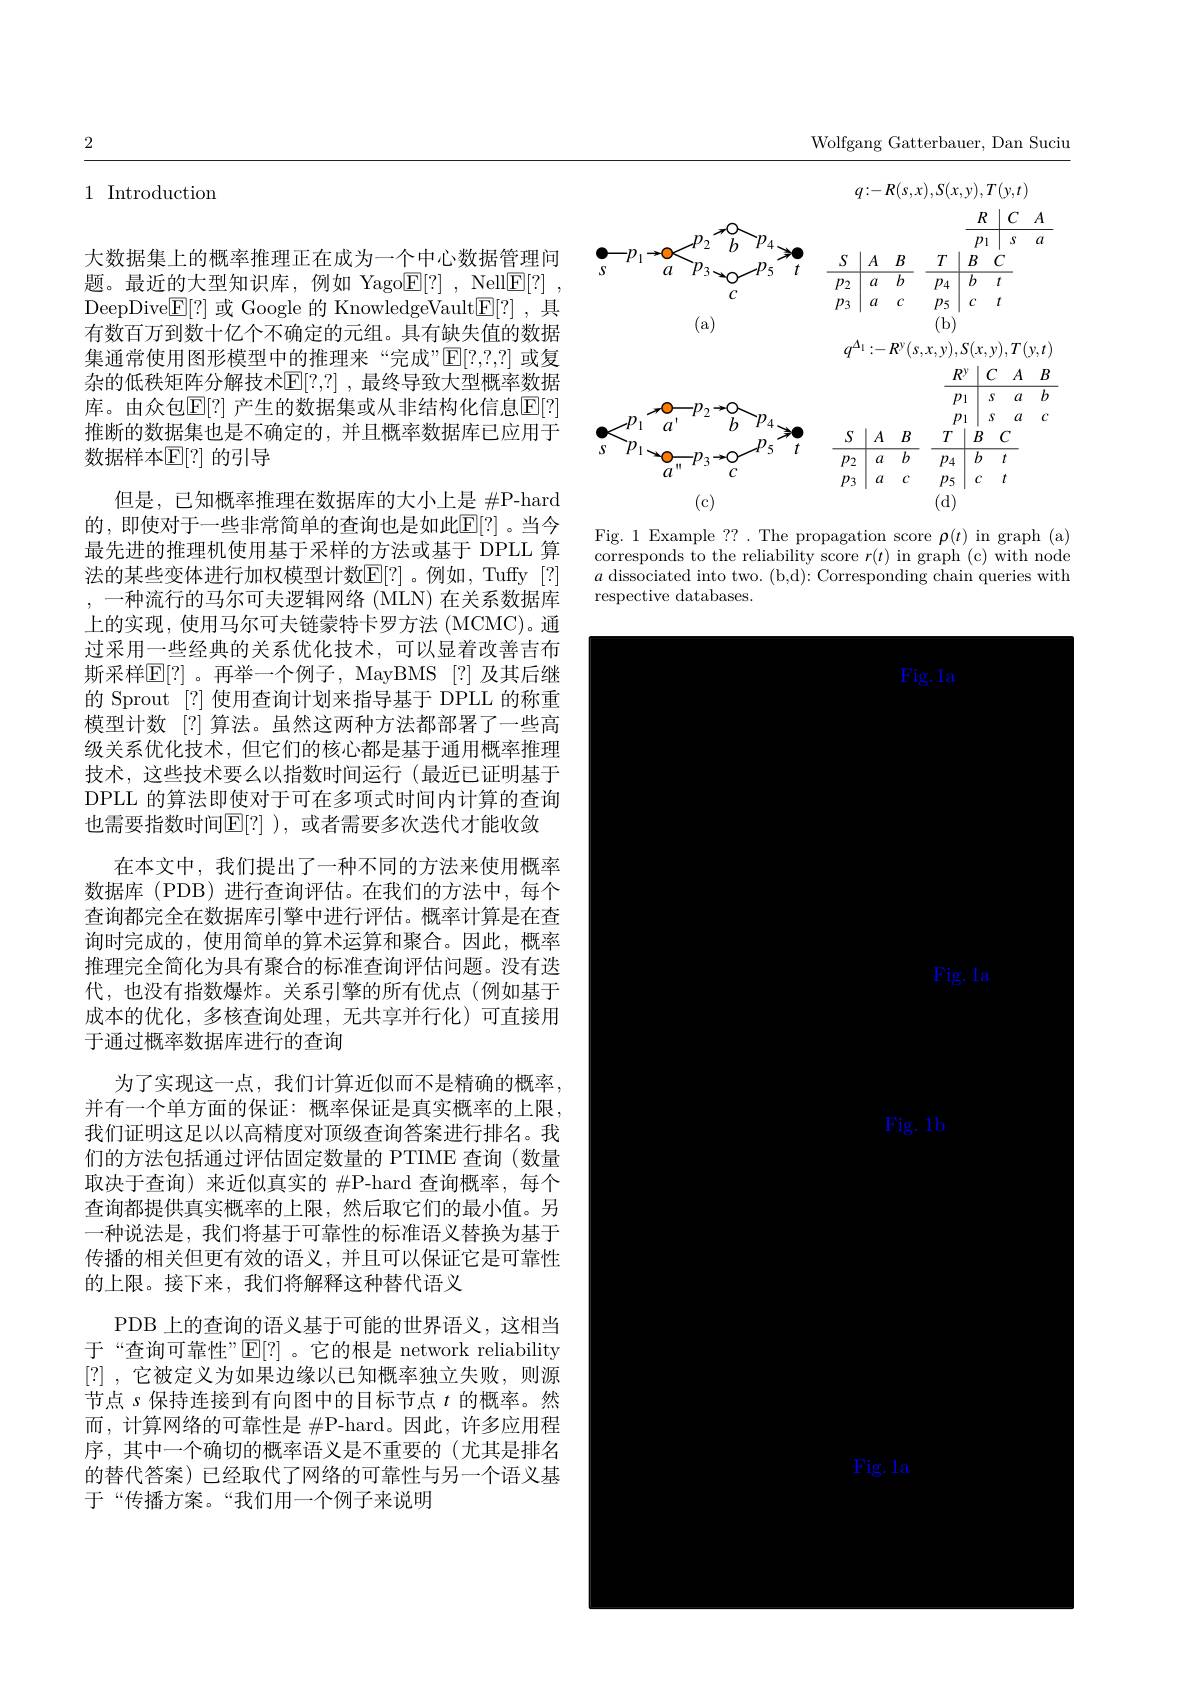
2

1 Introduction

大数据集上的概率推理正在成为一个中心数据管理问题。最近的大型知识库，例如 Yago$\boxed{\mathrm{E}}[?]$, Nell$\boxed{\mathrm{E}}[?]$, DeepDive$\underline{\mathbb{E}}[?]$或 Google 的 KnowledgeVault$\underline{\mathbb{E}}[?]$ ,具有数百万到数十亿个不确定的元组。具有缺失值的数据集通常使用图形模型中的推理来“完成”$\mathbb{E}[?,?,?]$或复杂的低秩矩阵分解技术$\mathbb{E}[?,?]$ ,最终导致大型概率数据库。由众包$\mathbb{E}[?]$ 产生的数据集或从非结构化信息$\mathbb{E}[?]$ 推断的数据集也是不确定的，并且概率数据库已应用于数据样本$\mathbb{E}[?]$ 的引导
但是，已知概率推理在数据库的大小上是$\#$P-hard 的，即使对于一些非常简单的查询也是如此$\mathbb{E}[?]$。当今最先进的推理机使用基于采样的方法或基于 DPLL 算法的某些变体进行加权模型计数$\mathbb{E}[?]$。例如，Tuffy [?] ,一种流行的马尔可夫逻辑网络 (MLN) 在关系数据库上的实现，使用马尔可夫链蒙特卡罗方法(MCMC)。通过采用一些经典的关系优化技术，可以显着改善吉布斯采样$\mathbb{E}[?]$。再举一个例子，MayBMS [?] 及其后继的 Sprout [?] 使用查询计划来指导基于 DPLL 的称重模型计数 [?] 算法。虽然这两种方法都部署了一些高级关系优化技术，但它们的核心都是基于通用概率推理技术，这些技术要么以指数时间运行(最近已证明基于DPLL 的算法即使对于可在多项式时间内计算的查询也需要指数时间$\mathbb{E}[?]$ ), 或者需要多次迭代才能收敛
在本文中，我们提出了一种不同的方法来使用概率数据库 (PDB) 进行查询评估。在我们的方法中，每个查询都完全在数据库引擎中进行评估。概率计算是在查询时完成的，使用简单的算术运算和聚合。因此，概率推理完全简化为具有聚合的标准查询评估问题。没有迭代，也没有指数爆炸。关系引擎的所有优点(例如基于成本的优化，多核查询处理，无共享并行化)可直接用于通过概率数据库进行的查询
为了实现这一点，我们计算近似而不是精确的概率， 并有一个单方面的保证：概率保证是真实概率的上限， 我们证明这足以以高精度对顶级查询答案进行排名。我们的方法包括通过评估固定数量的 PTIME 查询(数量取决于查询)来近似真实的$\#$P-hard 查询概率，每个查询都提供真实概率的上限，然后取它们的最小值。另一种说法是，我们将基于可靠性的标准语义替换为基于传播的相关但更有效的语义，并且可以保证它是可靠性的上限。接下来，我们将解释这种替代语义
PDB 上的查询的语义基于可能的世界语义，这相当于“查询可靠性”$\mathbb{E}[?]$。它的根是 network reliability [?] ,它被定义为如果边缘以已知概率独立失败，则源节点 s 保持连接到有向图中的目标节点$t$的概率。然而，计算网络的可靠性是$\#$P-hard。因此，许多应用程序，其中一个确切的概率语义是不重要的(尤其是排名的替代答案) 已经取代了网络的可靠性与另一个语义基于“传播方案。“我们用一个例子来说明

Wolfgang Gatterbauer, Dan Suciu
$$\begin{aligned}&&&q:-R(s,x),S(x,y),T(y,t)\\&&&\frac{R}{p_{1}}&&C&A\\&&&\frac{R}{p_{1}}&&\frac{C}{s}&&a\\&&&\frac{p_{1}}{a}&&\frac{p_{2}}{a}&&\frac{p_{2}}{a}&&\frac{p_{2}}{p_{3}}&&\frac{p_{3}}{a}&&\frac{p_{3}}{b}&&\frac{p_{5}}{b}&&\frac{p_{5}}{b}&&\frac{p_{5}}{b}&&\frac{p_{4}}{b}&&\frac{p_{4}}{b}&&\frac{p_{4}}{b}&&\frac{p_{4}}{b}&&\frac{p_{4}}{b}&&\frac{p_{5}}{b}&&\frac{p_{5}}{b}&&\frac{p_{5}}{b}&&\frac{p_{5}}{b}&&&&&&&&&&&&&&&&&&&&&&&&&&&&&&&&&&&&&&&&&&&&&&&&&&&&&&&&&&&&&&&&&&&&&&&&&&&&&&&&&&&&&&&&&&&&&&&&&&&&&&&&&&&&&&&&&&&&&&&&&&&&&&&&&&&&&&&&&&&&&&&&&&&&&&&&&&&&&&&&&&&&&&&&&&&&&&&&&&&&&&&&&&&&&&&&&&&&&&&&&&&&&&&&&&&&&&&&&&&&&&&&&&&&&&&&&&&&&&&&&&&&&&&&&&&&&&&&&&&&&&&&&&&&&&&&&&&&&&&&&&&&&&&&&&&&&&&&&&&&&&&&&&&&&&&&&&&&&&&&&&&&&&&&&&&&&&&&&&&&&&&&&&&&&&&&&&&&&&&&&&&&&&&&&&&&&&&&&&&&&&&&&&&&&&&&&&&&&&&&&&&&&&&&&&&&&&&&&&&&&&&&&&&&&&&&&&&&&&&&&&&&&&&&&&&&&&&&&&&&&&&&&&&&&&&&&&&&&&&&&&&&&&&&&&&&&&&&&&&&&&&&&&&&&&&&&&&&&&&&&&&&&&&&&&&&&&&&&&&&&&&&&&&&&&&&&&&&&&&&&&&&&&&&&&&&&&&&&&&&&&&&&&&&&&&&&&&&&&&&&&&&&&&&&&&&&&&&&&&&&&&&&&&&&&&&&&&&&&&&&&&&&&&&&&&&&&&&&&&&&&&&&&&&&&&&&&&&&&&&&&&&&&&&&&&&&&&&&&&&&&&&&&&\end{aligned}$$
Fig.1 Example ??. The propagation score $\rho(t)$ in graph (a) corresponds to the reliability score $r(t)$ in graph (c) with node $a$ dissociated into two. (b,d): Corresponding chain queries with respective databases.

<FigureHere>